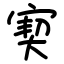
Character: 㝣